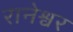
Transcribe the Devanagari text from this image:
रानेश्वर